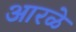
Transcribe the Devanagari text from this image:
आरळे